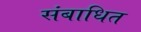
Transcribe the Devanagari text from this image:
संबाधित